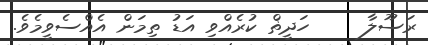
ރަސޫލާ     ހަދީޡް ކުރެއްވި އަޑު ތިމަން އެއްސެވީމެވެ.